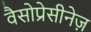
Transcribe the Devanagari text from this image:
वैसोप्रेसीनेज़